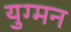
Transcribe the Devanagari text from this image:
युग्‍मन